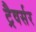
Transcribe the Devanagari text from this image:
ट्रैवर्सर